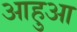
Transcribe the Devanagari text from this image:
आहुआ